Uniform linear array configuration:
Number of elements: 64
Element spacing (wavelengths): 0.25
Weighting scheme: uniform
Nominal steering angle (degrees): -30
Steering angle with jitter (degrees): -29.153
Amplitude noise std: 0.05
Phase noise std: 0.05

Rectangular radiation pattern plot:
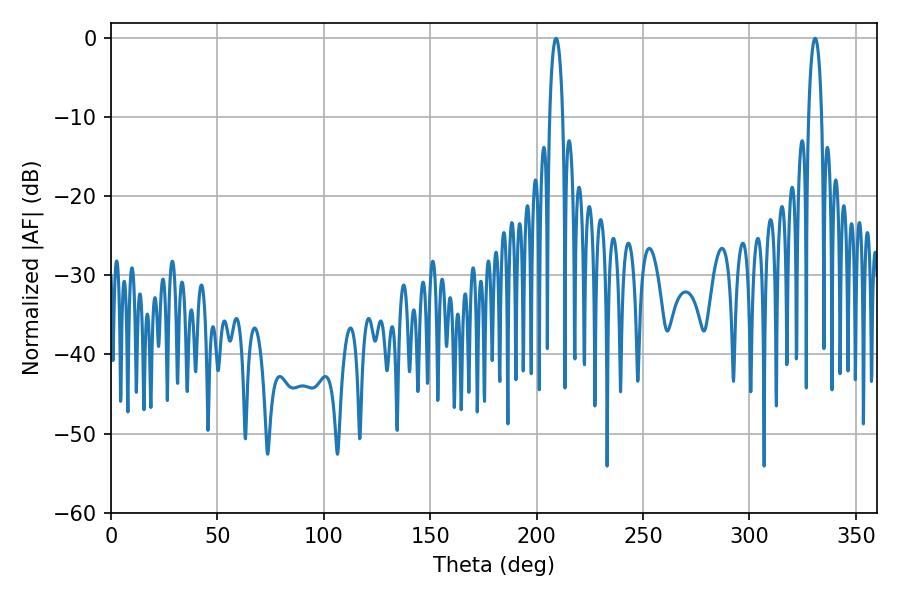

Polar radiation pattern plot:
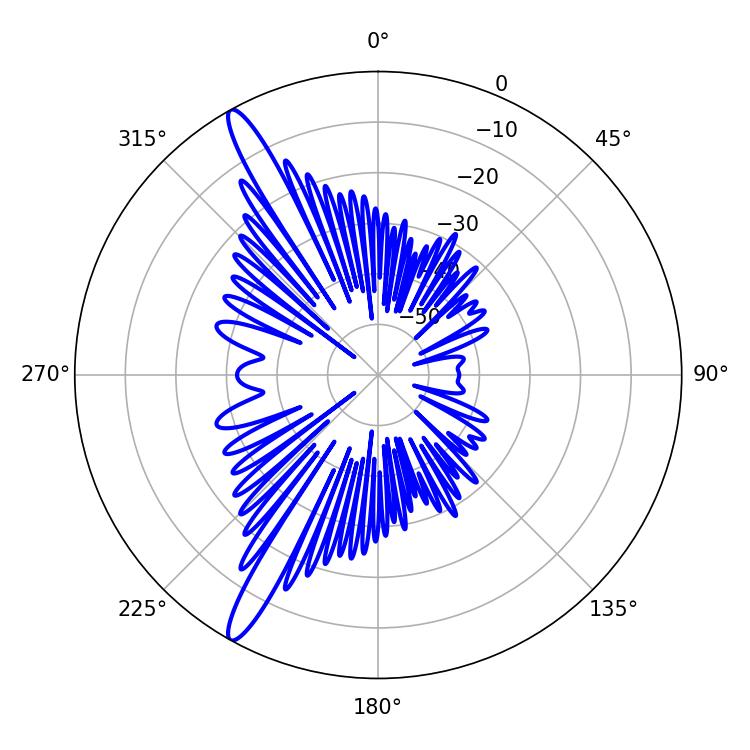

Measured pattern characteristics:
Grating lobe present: FALSE
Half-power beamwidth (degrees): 3.6
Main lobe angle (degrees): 330.84